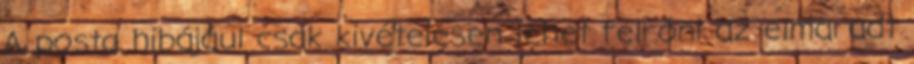
A posta hibájául csak kivételesen lehet felróni az elmaradt